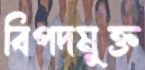
বিপদমুক্ত